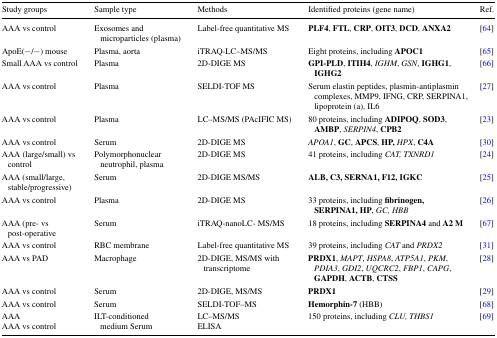
<table><thead><tr><td><b>Study groups</b></td><td><b>Sample type</b></td><td><b>Methods</b></td><td><b>Identified proteins (gene name)</b></td><td><b>Ref.</b></td></tr></thead><tbody><tr><td>AAA vs control</td><td>Exosomes and microparticles (plasma)</td><td>Label-free quantitative MS</td><td><b>PLF4</b>, <b>FTL</b>, <b>CRP</b>, <b>OIT3</b>, <b>DCD</b>, <b>ANXA2</b></td><td>[64]</td></tr><tr><td>ApoE(−/−) mouse</td><td>Plasma, aorta</td><td>iTRAQ-LC–MS/MS</td><td>Eight proteins, including <b>APOC1</b></td><td>[65]</td></tr><tr><td>Small AAA vs control</td><td>Plasma</td><td>2D-DIGE MS</td><td><b>GPI-PLD</b>, <b>ITIH4</b>, <i>IGHM</i>, <i>GSN</i>, <b>IGHG1</b>, <b>IGHG2</b></td><td>[66]</td></tr><tr><td>AAA vs control</td><td>Plasma</td><td>SELDI-TOF MS</td><td>Serum elastin peptides, plasmin-antiplasmin complexes, MMP9, IFNG, CRP, SERPINA1, lipoprotein (a), IL6</td><td>[27]</td></tr><tr><td>AAA vs control</td><td>Plasma</td><td>LC–MS/MS (PAcIFIC MS)</td><td>80 proteins, including <b>ADIPOQ</b>, <b>SOD3</b>, <b>AMBP</b>, <i>SERPIN4</i>, <b>CPB2</b></td><td>[23]</td></tr><tr><td>AAA vs control</td><td>Serum</td><td>2D-DIGE MS</td><td><i>APOA1</i>, <b>GC</b>, <b>APCS</b>, <b>HP,</b><i>HPX</i>, <b>C4A</b></td><td>[30]</td></tr><tr><td>AAA (large/small) vs control</td><td>Polymorphonuclear neutrophil, plasma</td><td>2D-DIGE MS</td><td>41 proteins, including <i>CAT, TXNRD1</i></td><td>[24]</td></tr><tr><td>AAA (small/large, stable/progressive)</td><td>Serum</td><td>2D-DIGE MS/MS</td><td><b>ALB, C3, SERNA1, F12, IGKC</b></td><td>[25]</td></tr><tr><td>AAA vs control</td><td>Plasma</td><td>2D-DIGE MS</td><td>33 proteins, including <b>fibrinogen, SERPINA1, HP</b>, <i>GC, HBB</i></td><td>[26]</td></tr><tr><td>AAA (pre- vs post-operative</td><td>Serum</td><td>iTRAQ-nanoLC- MS/MS</td><td>18 proteins, including <b>SERPINA4</b> and <b>A2</b> <b>M</b></td><td>[67]</td></tr><tr><td>AAA vs control</td><td>RBC membrane</td><td>Label-free quantitative MS</td><td>39 proteins, including <i>CAT</i> and <i>PRDX2</i></td><td>[31]</td></tr><tr><td>AAA vs PAD</td><td>Macrophage</td><td>2D-DIGE, MS/MS with transcriptome</td><td><b>PRDX1</b>, <i>MAPT</i>, <i>HSPA8</i>, <i>ATP5A1</i>, <i>PKM</i>, <i>PDIA3</i>, <i>GDI2</i>, <i>UQCRC2</i>, <i>FBP1</i>, <i>CAPG</i>, <b>GAPDH</b>, <b>ACTB</b>, <b>CTSS</b></td><td>[28]</td></tr><tr><td>AAA vs control</td><td>Serum</td><td>2D-DIGE, MS/MS</td><td><b>PRDX1</b></td><td>[29]</td></tr><tr><td>AAA vs control</td><td>Serum</td><td>SELDI-TOF–MS</td><td><b>Hemorphin-7</b> (HBB)</td><td>[68]</td></tr><tr><td>AAAAAA vs control</td><td>ILT-conditioned medium Serum</td><td>LC–MS/MSELISA</td><td>150 proteins, including <i>CLU, THBS1</i></td><td>[69]</td></tr></tbody></table>